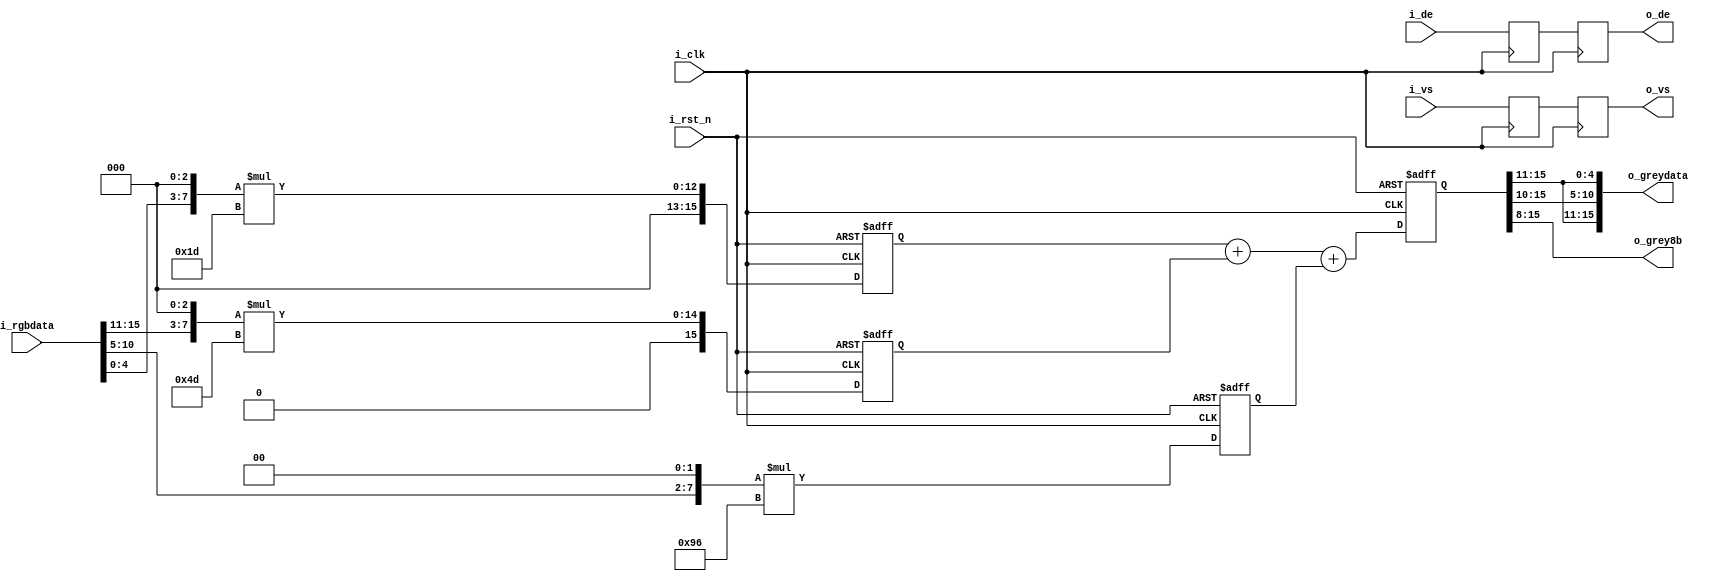
module rgb_togrey(
    input                   i_clk,
    input                   i_rst_n,
    input       [15:0]      i_rgbdata,
    input                   i_de,
    input                   i_vs,
    
    output      [15:0]      o_greydata,
    output      [7:0 ]      o_grey8b,
    output      reg         o_de,
    output      reg         o_vs
);

// 
parameter para_0299_8b = 8'd77    ; // 0.299
parameter para_0587_8b = 8'd150   ; // 0.587
parameter para_0114_8b = 8'd29    ; // 0.114

// 
reg     [15:0]          mult_r_16b/*synthesis PAP_MARK_DEBUG="1"*/;/*synthesis PAP_MARK_DEBUG="1"*/ // 
reg     [15:0]          mult_g_16b/*synthesis PAP_MARK_DEBUG="1"*/;/*synthesis PAP_MARK_DEBUG="1"*/ // 
reg     [15:0]          mult_b_16b/*synthesis PAP_MARK_DEBUG="1"*/;/*synthesis PAP_MARK_DEBUG="1"*/ // 
reg     [15:0]          add_0_16b; // 
reg     [15:0]          add_16b/*synthesis PAP_MARK_DEBUG="1"*/;/*synthesis PAP_MARK_DEBUG="1"*/ // 
// reg     [9:0 ]          gray_10b/*synthesis PAP_MARK_DEBUG="1"*/;/*synthesis PAP_MARK_DEBUG="1"*/ // 
reg     [ 7:0]          gray_8b/*synthesis PAP_MARK_DEBUG="1"*/;/*synthesis PAP_MARK_DEBUG="1"*/ // 

reg                     i_de_1d;
reg                     i_vs_1d;
always @(posedge i_clk) begin
    i_de_1d <= i_de;
    o_de <= i_de_1d;
    i_vs_1d <= i_vs;
    o_vs <= i_vs_1d;
end

// 
always @(posedge i_clk or negedge i_rst_n) begin
    if (i_rst_n == 1'b0) begin
        mult_r_16b <= 16'd0;
        mult_g_16b <= 16'd0;
        mult_b_16b <= 16'd0;
    end else begin
        // RGB565
        mult_r_16b <= {i_rgbdata[15:11], 3'b0} * para_0299_8b;
        mult_g_16b <= {i_rgbdata[10:5], 2'b0} * para_0587_8b;
        mult_b_16b <= {i_rgbdata[4:0], 3'b0} * para_0114_8b;
    end
end

// 
always @(posedge i_clk or negedge i_rst_n) begin
    if (i_rst_n == 1'b0) begin
        add_16b <= 16'd0;
    end else begin
        // 
        add_16b <= mult_b_16b + mult_r_16b + mult_g_16b;
    end
end

// 8
assign o_greydata = {add_16b[15:11], add_16b[15:10], add_16b[15:11]};
// RGB565
assign o_grey8b = add_16b[15:8];

endmodule